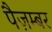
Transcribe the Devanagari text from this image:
पैज़म्बर